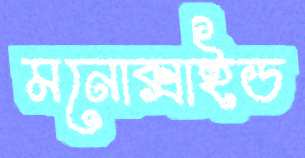
মনোক্সাইড